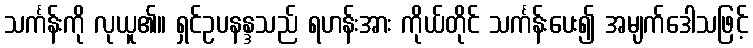
သင်္ကန်းကို လုယူ၏။ ရှင်ဥပနန္ဒသည် ရဟန်းအား ကိုယ်တိုင် သင်္ကန်းပေး၍ အမျက်ဒေါသဖြင့်